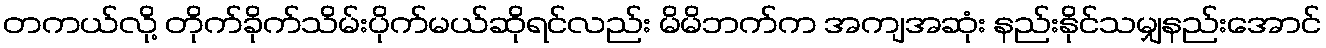
တကယ်လို့ တိုက်ခိုက်သိမ်းပိုက်မယ်ဆိုရင်လည်း မိမိဘက်က အကျအဆုံး နည်းနိုင်သမျှနည်းအောင်